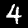
Digit: 4